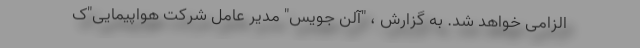
الزامی خواهد شد. به گزارش ، "آلن جویس" مدیر عامل شرکت هواپیمایی"ک